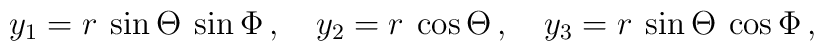
y_1 = r\:\sin\Theta\:\sin\Phi \, , \quad  y_2 = r\:\cos\Theta \, , \quad  y_3 = r\:\sin\Theta\:\cos\Phi \, ,